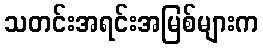
သတင်းအရင်းအမြစ်များက